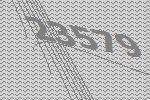
23579